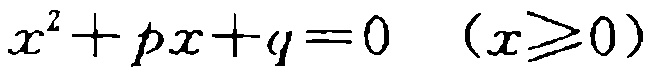
\(x^{2}+px + q = 0\quad(x\geq0)\)